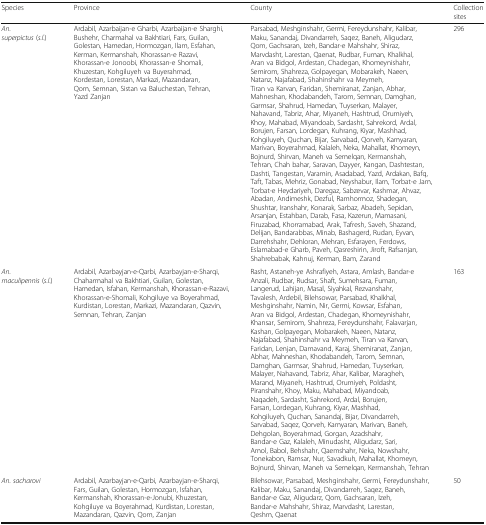
<table><thead><tr><td><b>Species</b></td><td><b>Province</b></td><td><b>County</b></td><td><b>Collection sites</b></td></tr></thead><tbody><tr><td><i>An. superpictus</i> (<i>s.l</i>.)</td><td>Ardabil, Azarbaijan-e Gharbi, Azarbaijan-e Sharghi, Bushehr, Charmahal va Bakhtiari, Fars, Guilan, Golestan, Hamedan, Hormozgan, Ilam, Esfahan, Kerman, Kermanshah, Khorassan-e Razavi, Khorassan-e Jonoobi, Khorassan-e Shomali, Khuzestan, Kohgiluyeh va Buyerahmad, Kordestan, Lorestan, Markazi, Mazandaran, Qom, Semnan, Sistan va Baluchestan, Tehran, Yazd Zanjan</td><td>Parsabad, Meshginshahr, Germi, Fereydunshahr, Kalibar, Maku, Sanandaj, Divandarreh, Saqez, Baneh, Aligudarz, Qom, Gachsaran, Izeh, Bandar-e Mahshahr, Shiraz, Marvdasht, Larestan, Qaenat, Rudbar, Fuman, Khalkhal, Aran va Bidgol, Ardestan, Chadegan, Khomeynishahr, Semirom, Shahreza, Golpayegan, Mobarakeh, Naeen, Natanz, Najafabad, Shahinshahr va Meymeh, Tiran va Karvan, Faridan, Shemiranat, Zanjan, Abhar, Mahneshan, Khodabandeh, Tarom, Semnan, Damghan, Garmsar, Shahrud, Hamedan, Tuyserkan, Malayer, Nahavand, Tabriz, Ahar, Miyaneh, Hashtrud, Orumiyeh, Khoy, Mahabad, Miyandoab, Sardasht, Sahrekord, Ardal, Borujen, Farsan, Lordegan, Kuhrang, Kiyar, Mashhad, Kohgiluyeh, Quchan, Bijar, Sarvabad, Qorveh, Kamyaran, Marivan, Boyerahmad, Kalaleh, Neka, Mahallat, Khomeyn, Bojnurd, Shirvan, Maneh va Semelqan, Kermanshah, Tehran, Chah bahar, Saravan, Dayyer, Kangan, Dashtestan, Dashti, Tangestan, Varamin, Asadabad, Yazd, Ardakan, Bafq, Taft, Tabas, Mehriz, Gonabad, Neyshabur, Ilam, Torbat-e Jam, Torbat-e Heydariyeh, Daregaz, Sabzevar, Kashmar, Ahvaz, Abadan, Andimeshk, Dezful, Ramhormoz, Shadegan, Shushtar, Iranshahr, Konarak, Sarbaz, Abadeh, Sepidan, Arsanjan, Estahban, Darab, Fasa, Kazerun, Mamasani, Firuzabad, Khorramabad, Arak, Tafresh, Saveh, Shazand, Delijan, Bandarabbas, Minab, Bashagerd, Rudan, Eyvan, Darrehshahr, Dehloran, Mehran, Esfarayen, Ferdows, Eslamabad-e Gharb, Paveh, Qasreshirin, Jiroft, Rafsanjan, Shahrebabak, Kahnuj, Kerman, Bam, Zarand</td><td>296</td></tr><tr><td><i>An. maculipennis</i> (<i>s.l</i>.)</td><td>Ardabil, Azarbayjan-e-Qarbi, Azarbayjan-e-Sharqi, Chaharmahal va Bakhtiari, Guilan, Golestan, Hamedan, Isfahan, Kermanshah, Khorassan-e-Razavi, Khorassan-e-Shomali, Kohgiluye va Boyerahmad, Kurdistan, Lorestan, Markazi, Mazandaran, Qazvin, Semnan, Tehran, Zanjan</td><td>Rasht, Astaneh-ye Ashrafiyeh, Astara, Amlash, Bandar-e Anzali, Rudbar, Rudsar, Shaft, Sumehsara, Fuman, Langerud, Lahijan, Masal, Siyahkal, Rezvanshahr, Tavalesh, Ardebil, Bilehsowar, Parsabad, Khalkhal, Meshginshahr, Namin, Nir, Germi, Kowsar, Esfahan, Aran va Bidgol, Ardestan, Chadegan, Khomeynishahr, Khansar, Semirom, Shahreza, Fereydunshahr, Falavarjan, Kashan, Golpayegan, Mobarakeh, Naeen, Natanz, Najafabad, Shahinshahr va Meymeh, Tiran va Karvan, Faridan, Lenjan, Damavand, Karaj, Shemiranat, Zanjan, Abhar, Mahneshan, Khodabandeh, Tarom, Semnan, Damghan, Garmsar, Shahrud, Hamedan, Tuyserkan, Malayer, Nahavand, Tabriz, Ahar, Kalibar, Maragheh, Marand, Miyaneh, Hashtrud, Orumiyeh, Poldasht, Piranshahr, Khoy, Maku, Mahabad, Miyandoab, Naqadeh, Sardasht, Sahrekord, Ardal, Borujen, Farsan, Lordegan, Kuhrang, Kiyar, Mashhad, Kohgiluyeh, Quchan, Sanandaj, Bijar, Divandarreh, Sarvabad, Saqez, Qorveh, Kamyaran, Marivan, Baneh, Dehgolan, Boyerahmad, Gorgan, Azadshahr, Bandar-e Gaz, Kalaleh, Minudasht, Aligudarz, Sari, Amol, Babol, Behshahr, Qaemshahr, Neka, Nowshahr, Tonekabon, Ramsar, Nur, Savadkuh, Mahallat, Khomeyn, Bojnurd, Shirvan, Maneh va Semelqan, Kermanshah, Tehran</td><td>163</td></tr><tr><td><i>An. sacharovi</i></td><td>Ardabil, Azarbayjan-e-Qarbi, Azarbayjan-e-Sharqi, Fars, Guilan, Golestan, Hormozgan, Isfahan, Kermanshah, Khorassan-e-Jonubi, Khuzestan, Kohgiluye va Boyerahmad, Kurdistan, Lorestan, Mazandaran, Qazvin, Qom, Zanjan</td><td>Bilehsowar, Parsabad, Meshginshahr, Germi, Fereydunshahr, Kalibar, Maku, Sanandaj, Divandarreh, Saqez, Baneh, Bandar-e Gaz, Aligudarz, Qom, Gachsaran, Izeh, Bandar-e Mahshahr, Shiraz, Marvdasht, Larestan, Qeshm, Qaenat</td><td>50</td></tr></tbody></table>